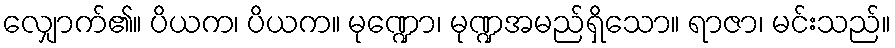
လျှောက်၏။ ပိယက၊ ပိယက။ မုဏ္ဍော၊ မုဏ္ဍအမည်ရှိသော။ ရာဇာ၊ မင်းသည်။